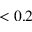
< 0 . 2